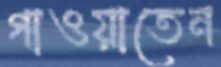
গাওয়াতেন